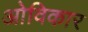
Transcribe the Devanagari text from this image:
ओविकार